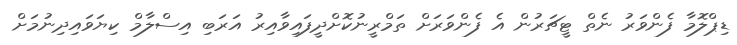
ޑިޕްލޮމާ ފެންވަރު ނެތް ޓީޗަރުން އެ ފެންވަރަށް ތަމްރީނުކޮށްދީފައިވާއިރު އަރަބި އިސްލާމް ކިޔަވައިދިނުމަށް